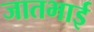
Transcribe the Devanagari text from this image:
जातभाई